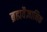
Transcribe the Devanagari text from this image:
ब्रह्मवैज्ञानिक